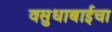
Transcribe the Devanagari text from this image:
वसुधाबाईचा